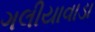
ગલીયાવાડા